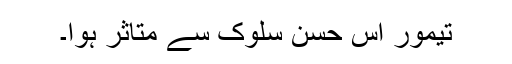
تیمور اس حسن سلوک سے متاثر ہوا۔